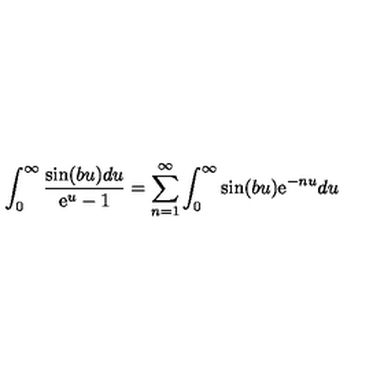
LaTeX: \int _ { 0 } ^ { \infty } { \frac { \sin ( b u ) d u } { \mathrm { e } ^ { u } - 1 } } = \sum _ { n = 1 } ^ { \infty } \int _ { 0 } ^ { \infty } \sin ( b u ) \mathrm { e } ^ { - n u } d u